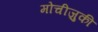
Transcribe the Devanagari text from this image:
मोचीज़ुकी